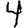
Digit: 4